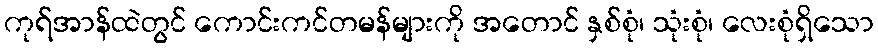
ကုရ်အာန်ထဲတွင် ကောင်းကင်တမန်များကို အတောင် နှစ်စုံ၊ သုံးစုံ၊ လေးစုံရှိသော